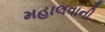
મહાલવાની